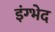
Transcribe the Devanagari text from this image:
इंग्भेद